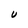
Character: U